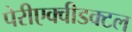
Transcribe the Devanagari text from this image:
पेरीएक्वीडक्टल